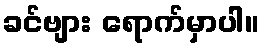
ခင်ဗျား ရောက်မှာပါ။